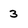
Character: 3